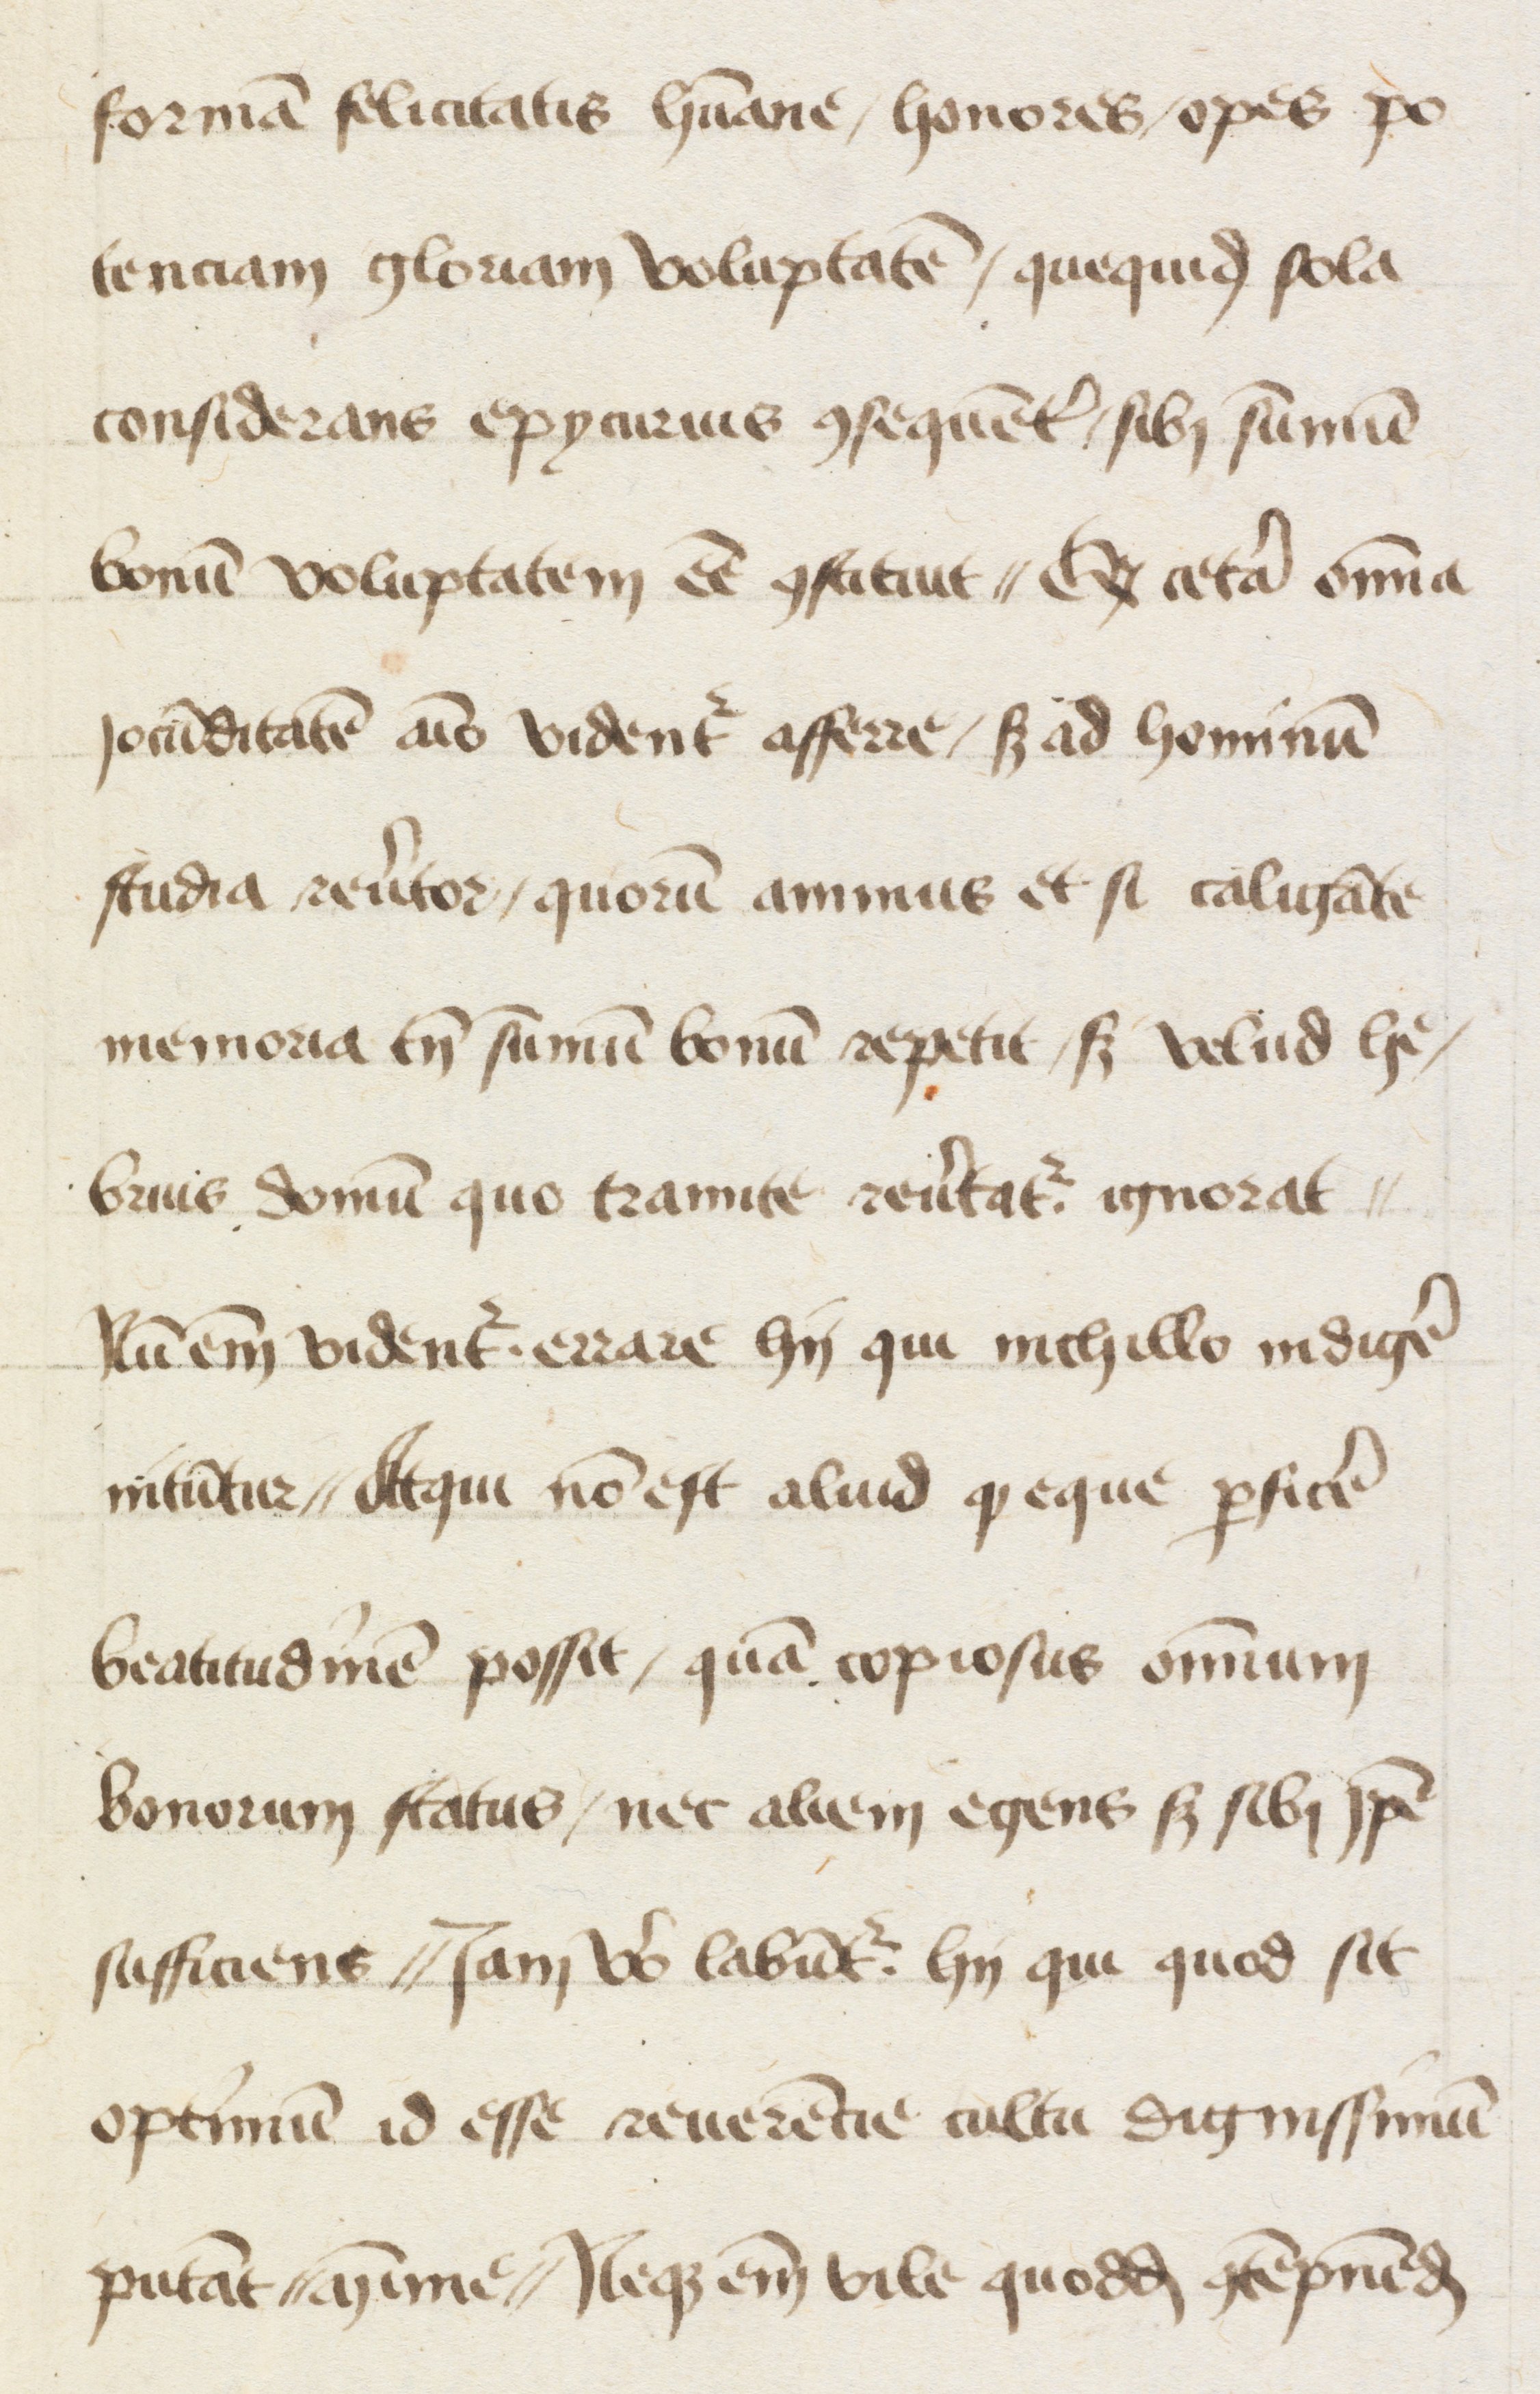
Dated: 1447–1447